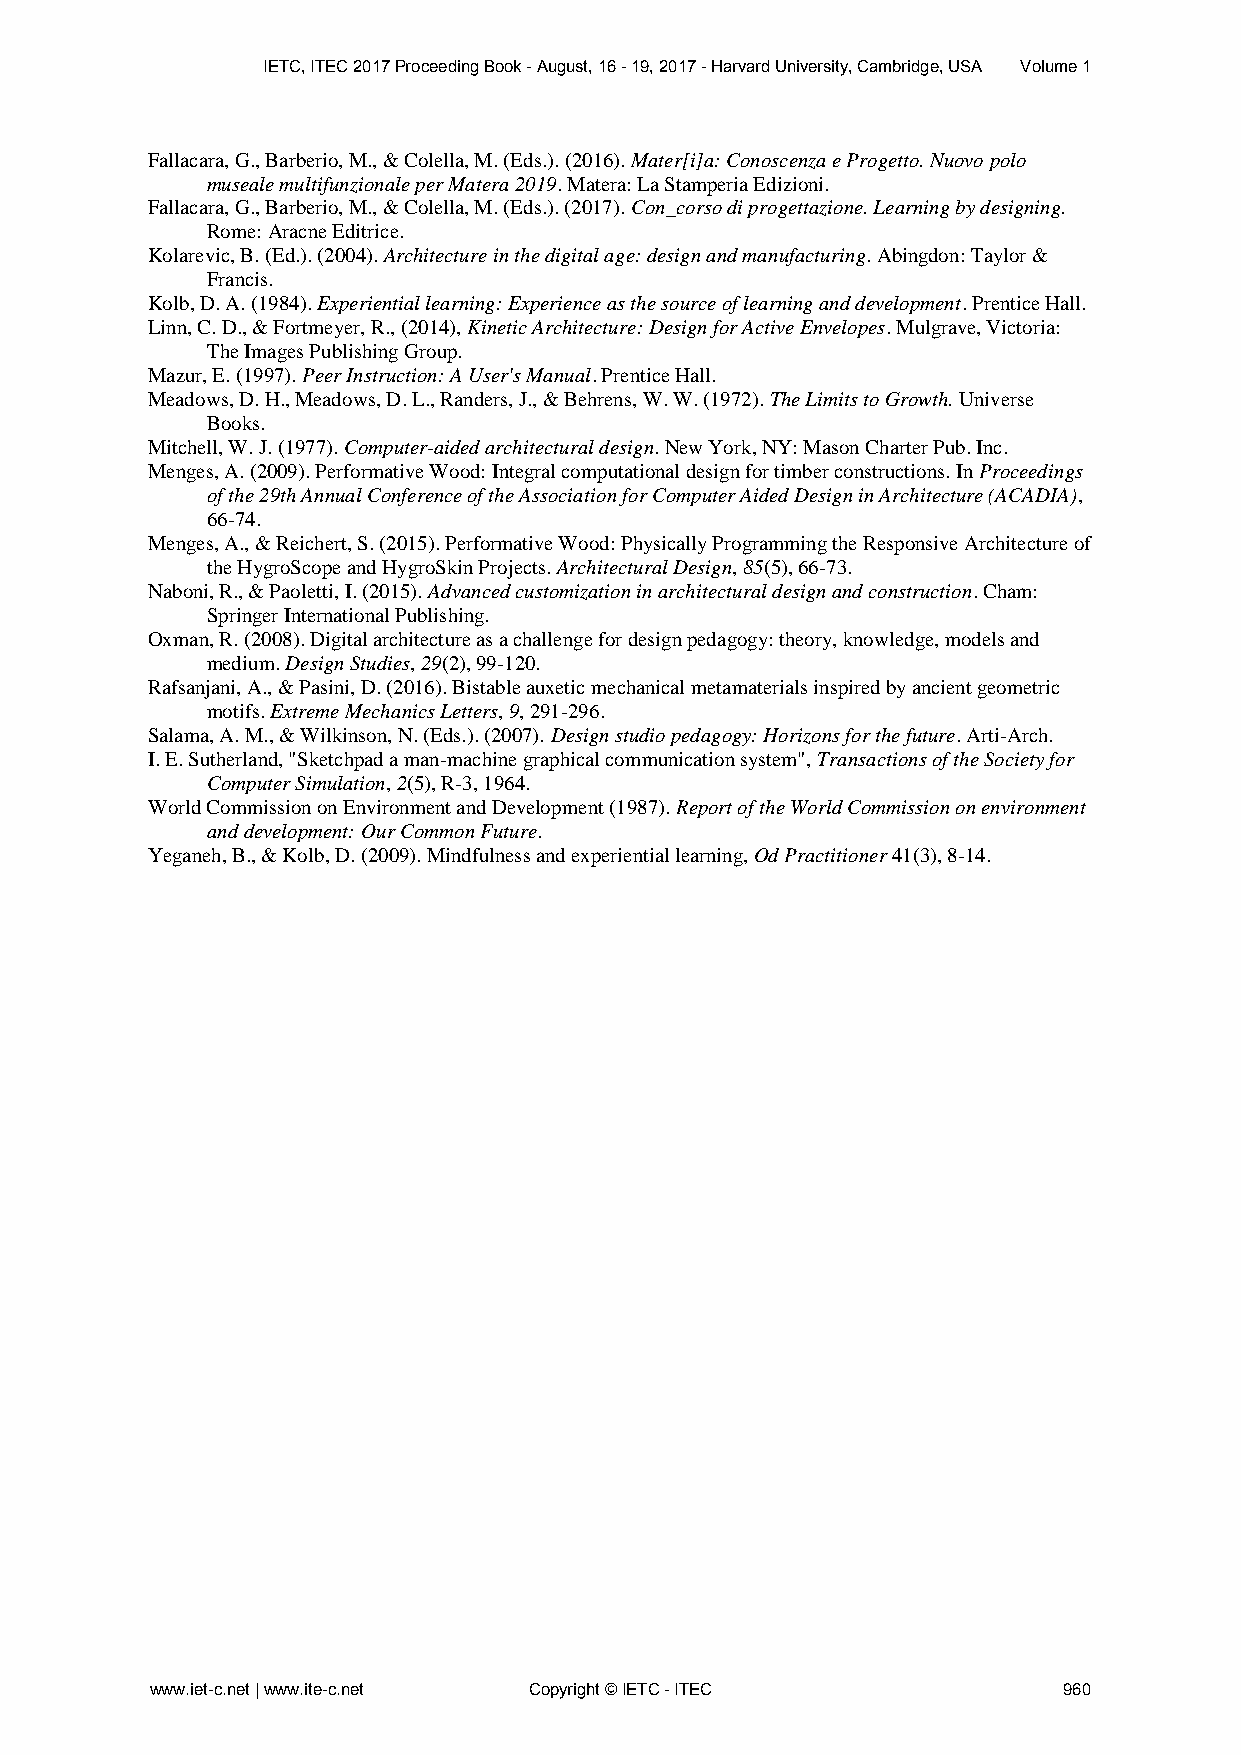
IETC, ITEC 2017 Proceeding Book - August, 16 - 19, 2017 - Harvard University, Cambridge, USA Volume 1
 Fallacara, G., Barberio, M., & Colella, M. (Eds.). (2016). Mater[i]a: Conoscenza e Progetto. Nuovo polo
 museale multifunzionale per Matera 2019. Matera: La Stamperia Edizioni.
 Fallacara, G., Barberio, M., & Colella, M. (Eds.). (2017). Con_corso di progettazione. Learning by designing.
 Rome: Aracne Editrice.
 Kolarevic, B. (Ed.). (2004). Architecture in the digital age: design and manufacturing. Abingdon: Taylor &
 Francis.
 Kolb, D. A. (1984). Experiential learning: Experience as the source of learning and development. Prentice Hall.
 Linn, C. D., & Fortmeyer, R., (2014), Kinetic Architecture: Design for Active Envelopes. Mulgrave, Victoria:
 The Images Publishing Group.
 Mazur, E. (1997). Peer Instruction: A User's Manual. Prentice Hall.
 Meadows, D. H., Meadows, D. L., Randers, J., & Behrens, W. W. (1972). The Limits to Growth. Universe
 Books.
 Mitchell, W. J. (1977). Computer-aided architectural design. New York, NY: Mason Charter Pub. Inc.
 Menges, A. (2009). Performative Wood: Integral computational design for timber constructions. In Proceedings
 of the 29th Annual Conference of the Association for Computer Aided Design in Architecture (ACADIA),
 66-74.
 Menges, A., & Reichert, S. (2015). Performative Wood: Physically Programming the Responsive Architecture of
 the HygroScope and HygroSkin Projects. Architectural Design, 85(5), 66-73.
 Naboni, R., & Paoletti, I. (2015). Advanced customization in architectural design and construction. Cham:
 Springer International Publishing.
 Oxman, R. (2008). Digital architecture as a challenge for design pedagogy: theory, knowledge, models and
 medium. Design Studies, 29(2), 99-120.
 Rafsanjani, A., & Pasini, D. (2016). Bistable auxetic mechanical metamaterials inspired by ancient geometric
 motifs. Extreme Mechanics Letters, 9, 291-296.
 Salama, A. M., & Wilkinson, N. (Eds.). (2007). Design studio pedagogy: Horizons for the future. Arti-Arch.
 I. E. Sutherland, "Sketchpad a man-machine graphical communication system", Transactions of the Society for
 Computer Simulation, 2(5), R-3, 1964.
 World Commission on Environment and Development (1987). Report of the World Commission on environment
 and development: Our Common Future.
 Yeganeh, B., & Kolb, D. (2009). Mindfulness and experiential learning, Od Practitioner 41(3), 8-14.
 www.iet-c.net | www.ite-c.net Copyright © IETC - ITEC       960